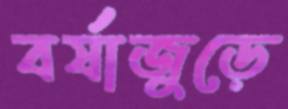
বর্ষাজুড়ে